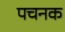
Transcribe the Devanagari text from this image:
पचनक